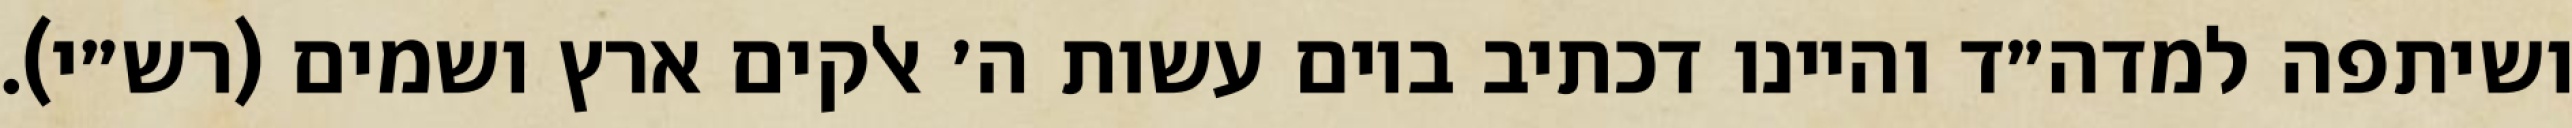
ושיתפה למדה״ד והיינו דכתיב ביום עשות ה׳ אלקים ארץ ושמים (רש״י).